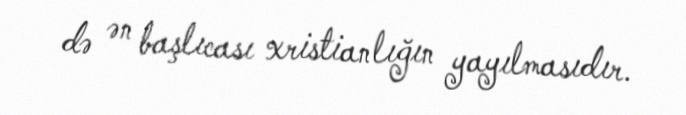
də ən başlıcası xristianlığın yayılmasıdır.